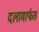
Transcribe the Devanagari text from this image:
दलामार्फत